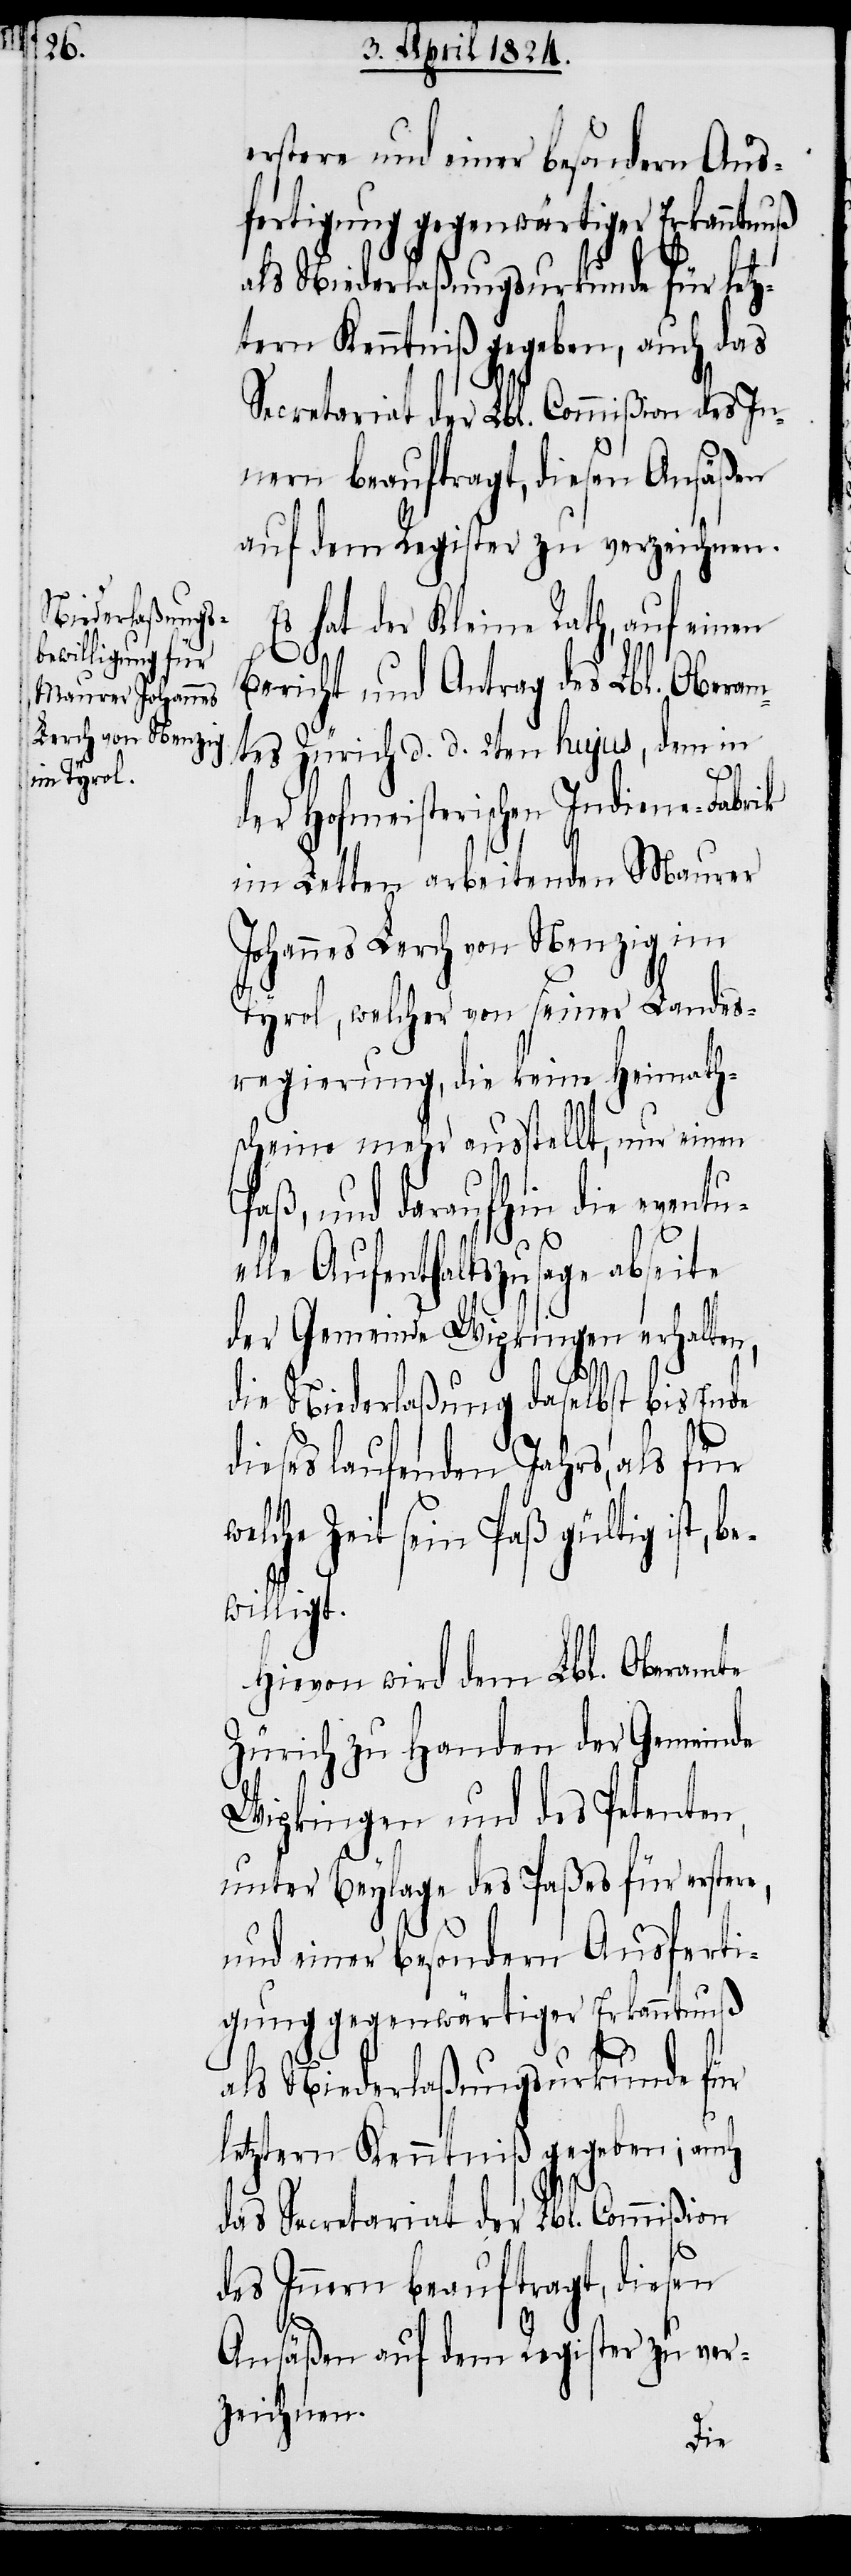
erstere und einer besondern Aus¬
fertigung gegenwärtiger Erkanntnuß
als Niederlaßungsurkunde für letz¬
tern Kenntniß gegeben, auch das
Secretariat der Lbl. Commißion des In¬
nern beauftragt, diesen Ansäßen
auf dem Register zu verzeichnen.
Es hat der Kleine Rath, auf einen
Bericht und Antrag des Lbl. Oberam¬
tes Zürich d. d. 2ten hujus, dem in
e¬
der Hofmeisterischen Indiene-Fabrik
im Letten arbeitenden Maurer
Johannes Lerch von Nenzig im
Tyrol, welcher von seiner Landes¬
regierung, die keine Heimath¬
scheine mehr ausstellt, nur einen
Paß, und daraufhin die eventu¬
elle Aufenthaltszusage abseite
der Gemeinde Wipkingen erhalten,
die Niederlaßung daselbst bis Ende
dieses laufenden Jahrs, als für
lche Zeit sein Paß gültig ist, b¬
willigt.
Hievon wird dem Lbl. Oberamte
Zürich zu Handen der Gemeinde
Wipkingen und des Petenten,
unter Beylage des Paßes für erstere,
und einer besondern Ausferti¬
gung gegenwärtiger Erkanntnuß
als Niederlaßungsurkunde für
letztern Kenntniß gegeben; auch
das Secretariat der Lbl. Commißion
des Innern beauftragt, diesen
Ansäßen auf dem Register zu ver¬
zeichnen.